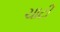
ચાટી